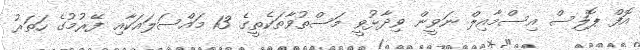
އޮފް ޕޮލިސް އިސްމާއިލް ނަވީން ވިދާޅުވީ މަސްތުވާތަކެތީގެ 13 މައްސަލައަކާއި ފޭރުމުގެ ހަތަރު